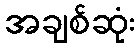
အချစ်ဆုံး